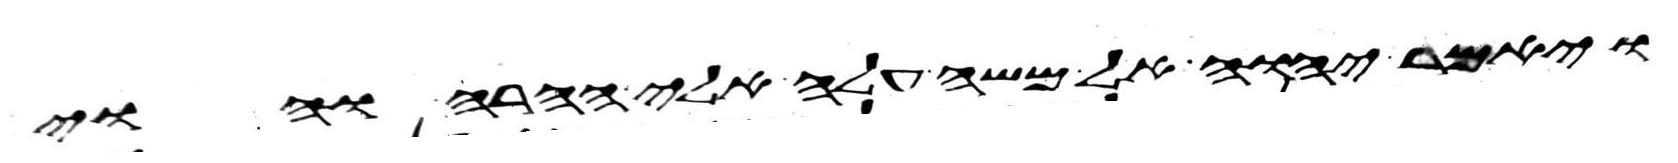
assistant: ויאמר יהוה אל משה עלה אלי ההרה והוי